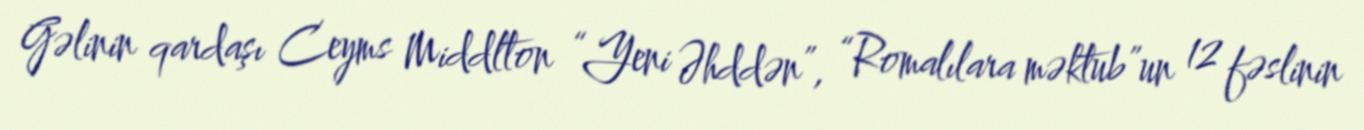
Gəlinin qardaşı Ceyms Middlton “Yeni Əhddən”, “Romalılara məktub”un 12 fəslinin